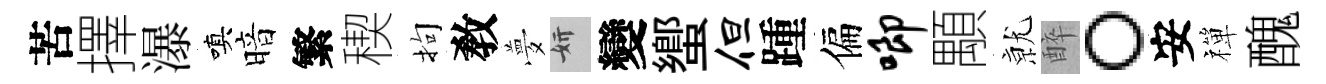
苦擇瀑嗔暗繁稧拘敎夢妍變蠁但踵偏唧顒𭕒醉。安禪醜